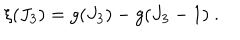
LaTeX: \xi ( J _ { 3 } ) = g ( J _ { 3 } ) - g ( J _ { 3 } - 1 ) ~ .